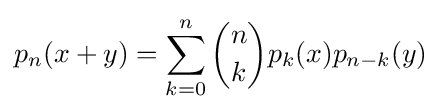
p_{n}(x+y)=\sum _{k=0}^{n}{n \choose k}p_{k}(x)p_{n-k}(y)